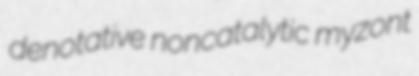
denotative noncatalytic myzont